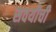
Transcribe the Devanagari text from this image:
सवयीची